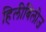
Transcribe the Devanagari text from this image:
हिलीबिलीज